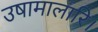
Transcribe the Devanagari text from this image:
उषामालारि।